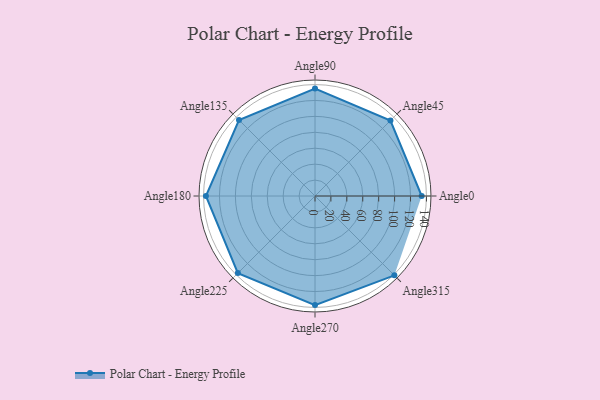
{"axis": {"x": "Angle", "y": "Radius"}, "legend": [""], "data": [{"x": "Angle0", "y": 134.0, "type": ""}, {"x": "Angle45", "y": 134.0, "type": ""}, {"x": "Angle90", "y": 135.0, "type": ""}, {"x": "Angle135", "y": 135.0, "type": ""}, {"x": "Angle180", "y": 137.0, "type": ""}, {"x": "Angle225", "y": 137.0, "type": ""}, {"x": "Angle270", "y": 137.0, "type": ""}, {"x": "Angle315", "y": 141.0, "type": ""}]}